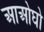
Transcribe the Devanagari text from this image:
आओघो